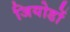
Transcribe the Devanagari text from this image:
जियोडों